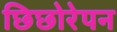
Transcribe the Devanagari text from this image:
छिछोरेपन